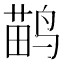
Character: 鹋